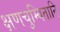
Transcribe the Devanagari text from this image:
क्षणचुम्बितानि